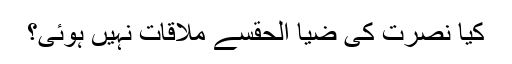
کیا نصرت کی ضیا الحقسے ملاقات نہیں ہوئی؟